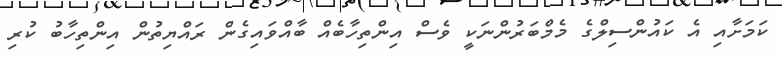
ކަމަށާއި އެ ކައުންސިލްގެ މެމްބަރުންނަކީ ވެސް އިންތިހާބެއް ބާއްވައިގެން ރައްޔިތުން އިންތިހާބު ކުރި